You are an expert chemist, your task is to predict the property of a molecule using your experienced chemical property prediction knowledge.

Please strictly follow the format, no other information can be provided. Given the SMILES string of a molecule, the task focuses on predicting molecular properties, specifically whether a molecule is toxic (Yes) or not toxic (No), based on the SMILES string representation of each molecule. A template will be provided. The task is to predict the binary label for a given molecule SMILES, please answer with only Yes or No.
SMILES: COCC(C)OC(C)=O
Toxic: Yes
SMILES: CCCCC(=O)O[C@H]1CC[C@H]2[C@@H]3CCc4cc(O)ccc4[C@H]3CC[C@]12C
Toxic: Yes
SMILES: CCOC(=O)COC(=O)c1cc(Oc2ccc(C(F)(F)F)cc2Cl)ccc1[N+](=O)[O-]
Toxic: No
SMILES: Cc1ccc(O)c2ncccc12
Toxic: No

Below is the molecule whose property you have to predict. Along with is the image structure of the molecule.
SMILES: CN1C[C@H](C(=O)N[C@]2(C)O[C@@]3(O)[C@@H]4CCCN4C(=O)[C@H](Cc4ccccc4)N3C2=O)C[C@@H]2c3cccc4[nH]cc(c34)C[C@H]21
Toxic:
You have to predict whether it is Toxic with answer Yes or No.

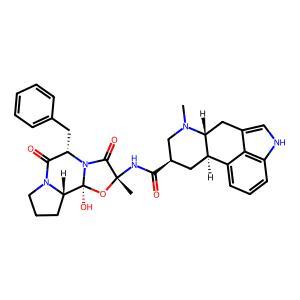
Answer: No